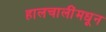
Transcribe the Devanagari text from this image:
हालचालींमधून